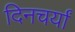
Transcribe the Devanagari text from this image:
दिनचर्यां